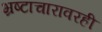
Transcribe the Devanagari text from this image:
भ्रष्टाचारावरही